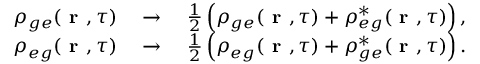
\begin{array} { r } { \rho _ { g e } ( \textbf { r } , \tau ) \quad \to \quad \frac { 1 } { 2 } \left( \rho _ { g e } ( \textbf { r } , \tau ) + \rho _ { e g } ^ { * } ( \textbf { r } , \tau ) \right) , } \\ { \rho _ { e g } ( \textbf { r } , \tau ) \quad \to \quad \frac { 1 } { 2 } \left( \rho _ { e g } ( \textbf { r } , \tau ) + \rho _ { g e } ^ { * } ( \textbf { r } , \tau ) \right) . } \end{array}